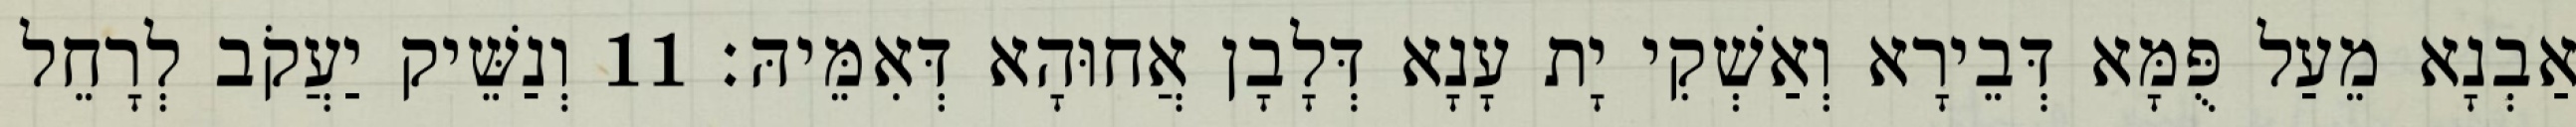
אַבְנָא מֵעַל פֻּמָּא דְּבֵירָא וְאַשְׁקִי יָת עָנָא דְּלָבָן אֲחוּהָא דְּאִמֵּיהּ׃ 11 וְנַשֵּׁיק יַעֲקֹב לְרָחֵל